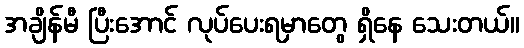
အချိန်မီ ပြီးအောင် လုပ်ပေးရမှာတွေ ရှိနေ သေးတယ်။